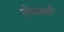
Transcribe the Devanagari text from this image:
पोचवणी